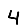
Digit: 4